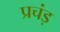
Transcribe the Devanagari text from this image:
प्रचंड़